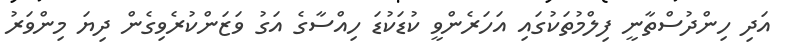
އަދި ހިންދުސްތާނީ ފިލްމުތަކުގައި އަހަރެންވީ ކުޑަކުޑަ ހިއްސާގެ އަގު ވަޒަންކުރެވިގެން ދިޔަ މިންވަރު